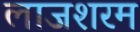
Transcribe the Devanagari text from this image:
लाजशरम